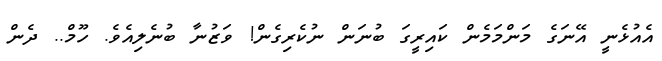
އެއުޅެނީ އޭނަގެ މަންމަމެން ކައިރީގަ ބުނަން ނުކެރިގެން! ވަޒުނާ ބުނެލިއެވެ. ހޫމް.. ދެން